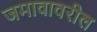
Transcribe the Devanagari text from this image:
जमावावरील